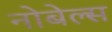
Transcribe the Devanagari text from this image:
नोबेल्स